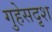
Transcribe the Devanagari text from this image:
गुहेसदृश